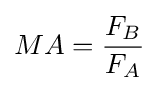
MA={\frac {F_{B}}{F_{A}}}